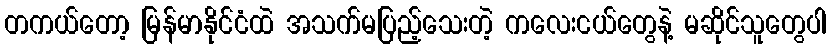
တကယ်တော့ မြန်မာနိုင်ငံထဲ အသက်မပြည့်သေးတဲ့ ကလေးငယ်တွေနဲ့ မဆိုင်သူတွေပါ